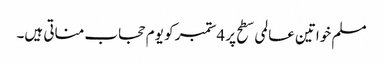
مسلم خواتین عالمی سطح پر 4ستمبر کو یوم حجاب مناتی ہیں۔